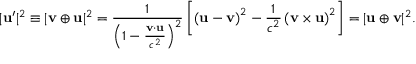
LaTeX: | \mathbf { u } ^ { \prime } | ^ { 2 } \equiv | \mathbf { v } \oplus \mathbf { u } | ^ { 2 } = { \frac { 1 } { \left( 1 - { \frac { \mathbf { v } \cdot \mathbf { u } } { c ^ { 2 } } } \right) ^ { 2 } } } \left[ \left( \mathbf { u } - \mathbf { v } \right) ^ { 2 } - { \frac { 1 } { c ^ { 2 } } } \left( \mathbf { v } \times \mathbf { u } \right) ^ { 2 } \right] = | \mathbf { u } \oplus \mathbf { v } | ^ { 2 } .